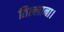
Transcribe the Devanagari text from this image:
तिल्लाना।